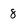
Character: 8